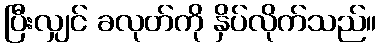
ပြီးလျှင် ခလုတ်ကို နှိပ်လိုက်သည်။